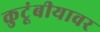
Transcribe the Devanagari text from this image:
कुटूंबीयावर